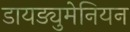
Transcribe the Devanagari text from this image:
डायड्युमेनियन